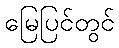
မြေပြင်တွင်